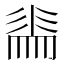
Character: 𭛕